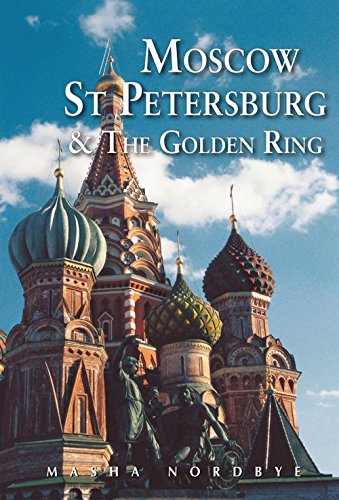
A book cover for Moscow St. Petersburg & the Golden Ring (Fourth); Masha Nordbye; Travel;